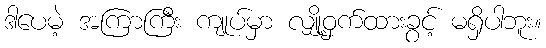
ဒါပေမဲ့ အကြာကြီး ကျုပ်မှာ လျှို့ဝှက်ထားခွင့် မရှိပါဘူး။